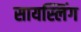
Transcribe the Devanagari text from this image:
सायस्लिंग